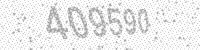
Solution: 409590